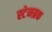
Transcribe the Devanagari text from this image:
स्टेनब्रक